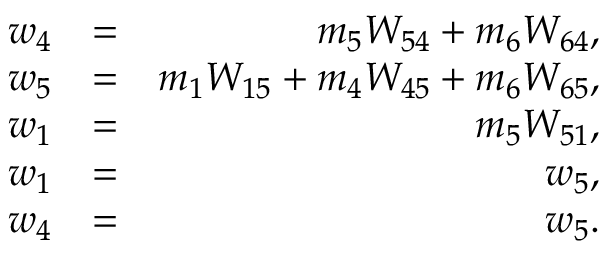
\begin{array} { r l r } { w _ { 4 } } & { = } & { m _ { 5 } W _ { 5 4 } + m _ { 6 } W _ { 6 4 } , } \\ { w _ { 5 } } & { = } & { m _ { 1 } W _ { 1 5 } + m _ { 4 } W _ { 4 5 } + m _ { 6 } W _ { 6 5 } , } \\ { w _ { 1 } } & { = } & { m _ { 5 } W _ { 5 1 } , } \\ { w _ { 1 } } & { = } & { w _ { 5 } , } \\ { w _ { 4 } } & { = } & { w _ { 5 } . } \end{array}